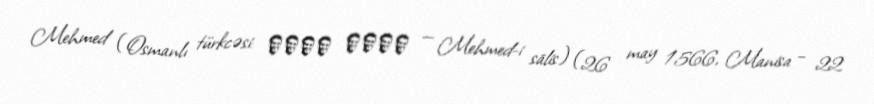
Mehmed (Osmanlı türkcəsi: محمد ثالث — Mehmed-i sālis) (26 may 1566, Manisa – 22